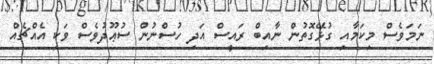
ނަމަވެސް މިކަމާއި ގުޅޭގޮތުން ނާއިބް ރައީސް އަދި ހުސްނުން ސުޢޫދުވެސް ވަކި އެއްޗެއް